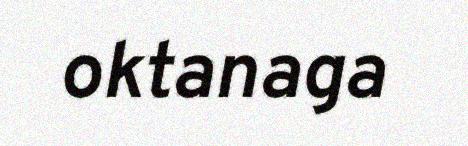
oktanaga